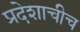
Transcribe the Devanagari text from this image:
प्रदेशाचीच